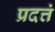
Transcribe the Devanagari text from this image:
प्रदत्तं